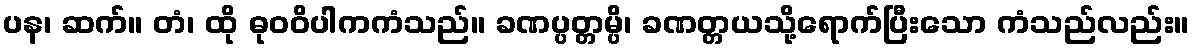
ပန၊ ဆက်။ တံ၊ ထို ဓုဝဝိပါကကံသည်။ ခဏပ္ပတ္တမ္ပိ၊ ခဏတ္တယသို့ရောက်ပြီးသော ကံသည်လည်း။